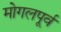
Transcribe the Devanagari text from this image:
मोगलपूर्व